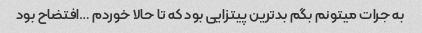
به جرات میتونم بگم بدترین پیتزایی بود که تا حالا خوردم …افتضاح بود